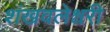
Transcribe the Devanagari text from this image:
शंखवलेश्वरी